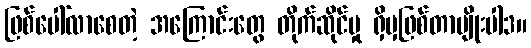
ဖြစ်ပေါ်လာစေတဲ့ အကြောင်းတွေ တိုက်ဆိုင်မှု ရှိမှဖြစ်တာမျိုးပါ3။